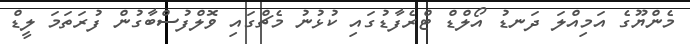
މެންޔޫގެ އަމިއްލަ ދަނޑު އޯލްޑް ޓްރެފާޑުގައި ކުޅުނު މެޗްގައި ވޮލްފުސްބާގުން ފުރަތަމަ ލީޑް